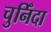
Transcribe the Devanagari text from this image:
चुनिँदा